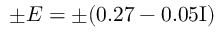
\pm E = \pm ( 0 . 2 7 - 0 . 0 5 \mathrm { { I } ) }